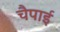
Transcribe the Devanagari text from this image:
चैपाई